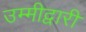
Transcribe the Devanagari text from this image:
उम्मीद्वारी